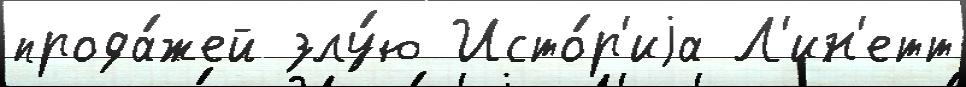
прода́жей злу́ю Исто́р'иjа Л'ин'етт